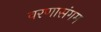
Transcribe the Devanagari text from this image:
वरणासंगम